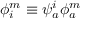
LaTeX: \phi _ { i } ^ { m } \equiv \psi _ { a } ^ { i } \phi _ { a } ^ { m }